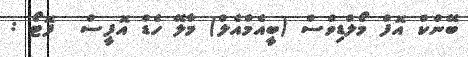
ބޭންކް އޮފް މޯލްޑިވްސް (ބީއެމްއެލް) މާލޭ ހެޑް އޮފީސް  ފޮޓޯ :